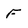
Character: F